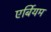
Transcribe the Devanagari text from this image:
एर्बियम